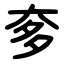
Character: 奓